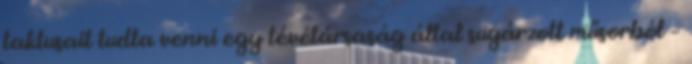
taktusait tudta venni egy tévétársaság által sugárzott műsorból –